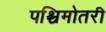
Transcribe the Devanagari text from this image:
पश्चिमोतरी